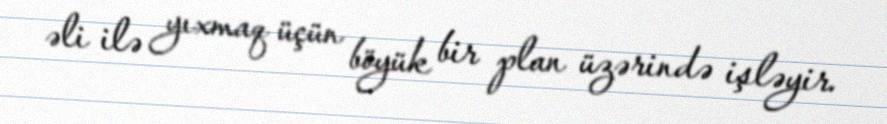
əli ilə yıxmaq üçün böyük bir plan üzərində işləyir.